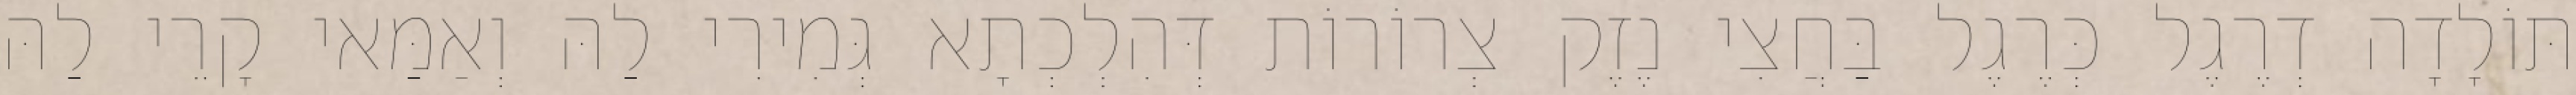
תּוֹלָדָה דְרֶגֶל כְּרֶגֶל בַּחֲצִי נֶזֶק צְרוֹרוֹת דְּהִלְכְתָא גְּמִירִי לַהּ וְאַמַּאי קָרֵי לַהּ